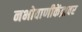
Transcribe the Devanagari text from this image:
नभोवाणीकेंद्रावर